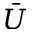
\bar { U }